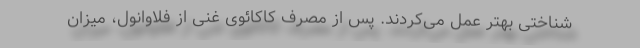
شناختی بهتر عمل می‌کردند. پس از مصرف کاکائوی غنی از فلاوانول، میزان